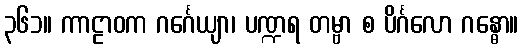
၃၆၁။ ကာဠာဝက ဂင်္ဂေယျာ၊ ပဏ္ဍရ တမ္ဗာ စ ပိင်္ဂလော ဂန္ဓော။